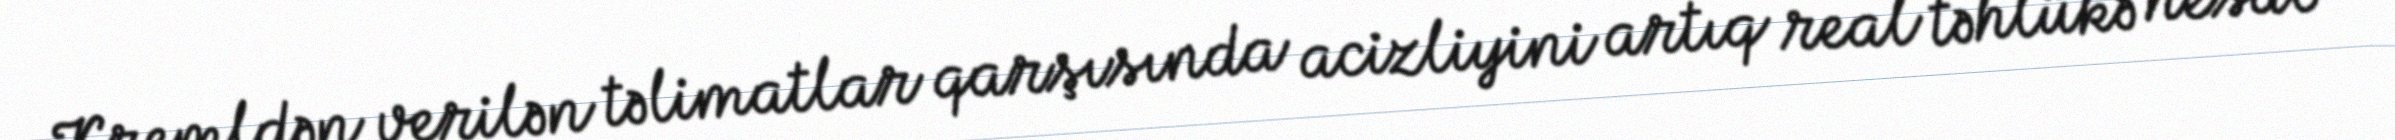
Kremldən verilən təlimatlar qarşısında acizliyini artıq real təhlükə hesab